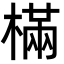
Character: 樠